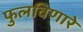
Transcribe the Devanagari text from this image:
फुलविणारे